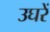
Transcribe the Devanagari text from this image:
उघरें